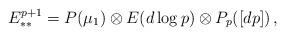
LaTeX: \begin{align*}E^{p+1}_{**} = P(\mu_1) \otimes E(d\log p) \otimes P_p([dp]) \,,\end{align*}